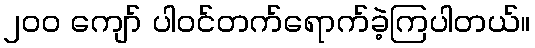
၂၀၀ ကျော် ပါဝင်တက်ရောက်ခဲ့ကြပါတယ်။